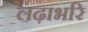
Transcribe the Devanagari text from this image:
लढ़ाभरि